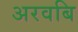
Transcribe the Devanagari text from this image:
अरवबि